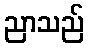
ညာသည်